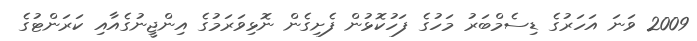
2009 ވަނަ އަހަރުގެ ޑިސެމްބަރު މަހުގެ ފަހުކޮޅުން ފެށިގެން ނޮޅިވަރަމުގެ އިންޖީނުގެއާއި ކަރަންޓުގެ